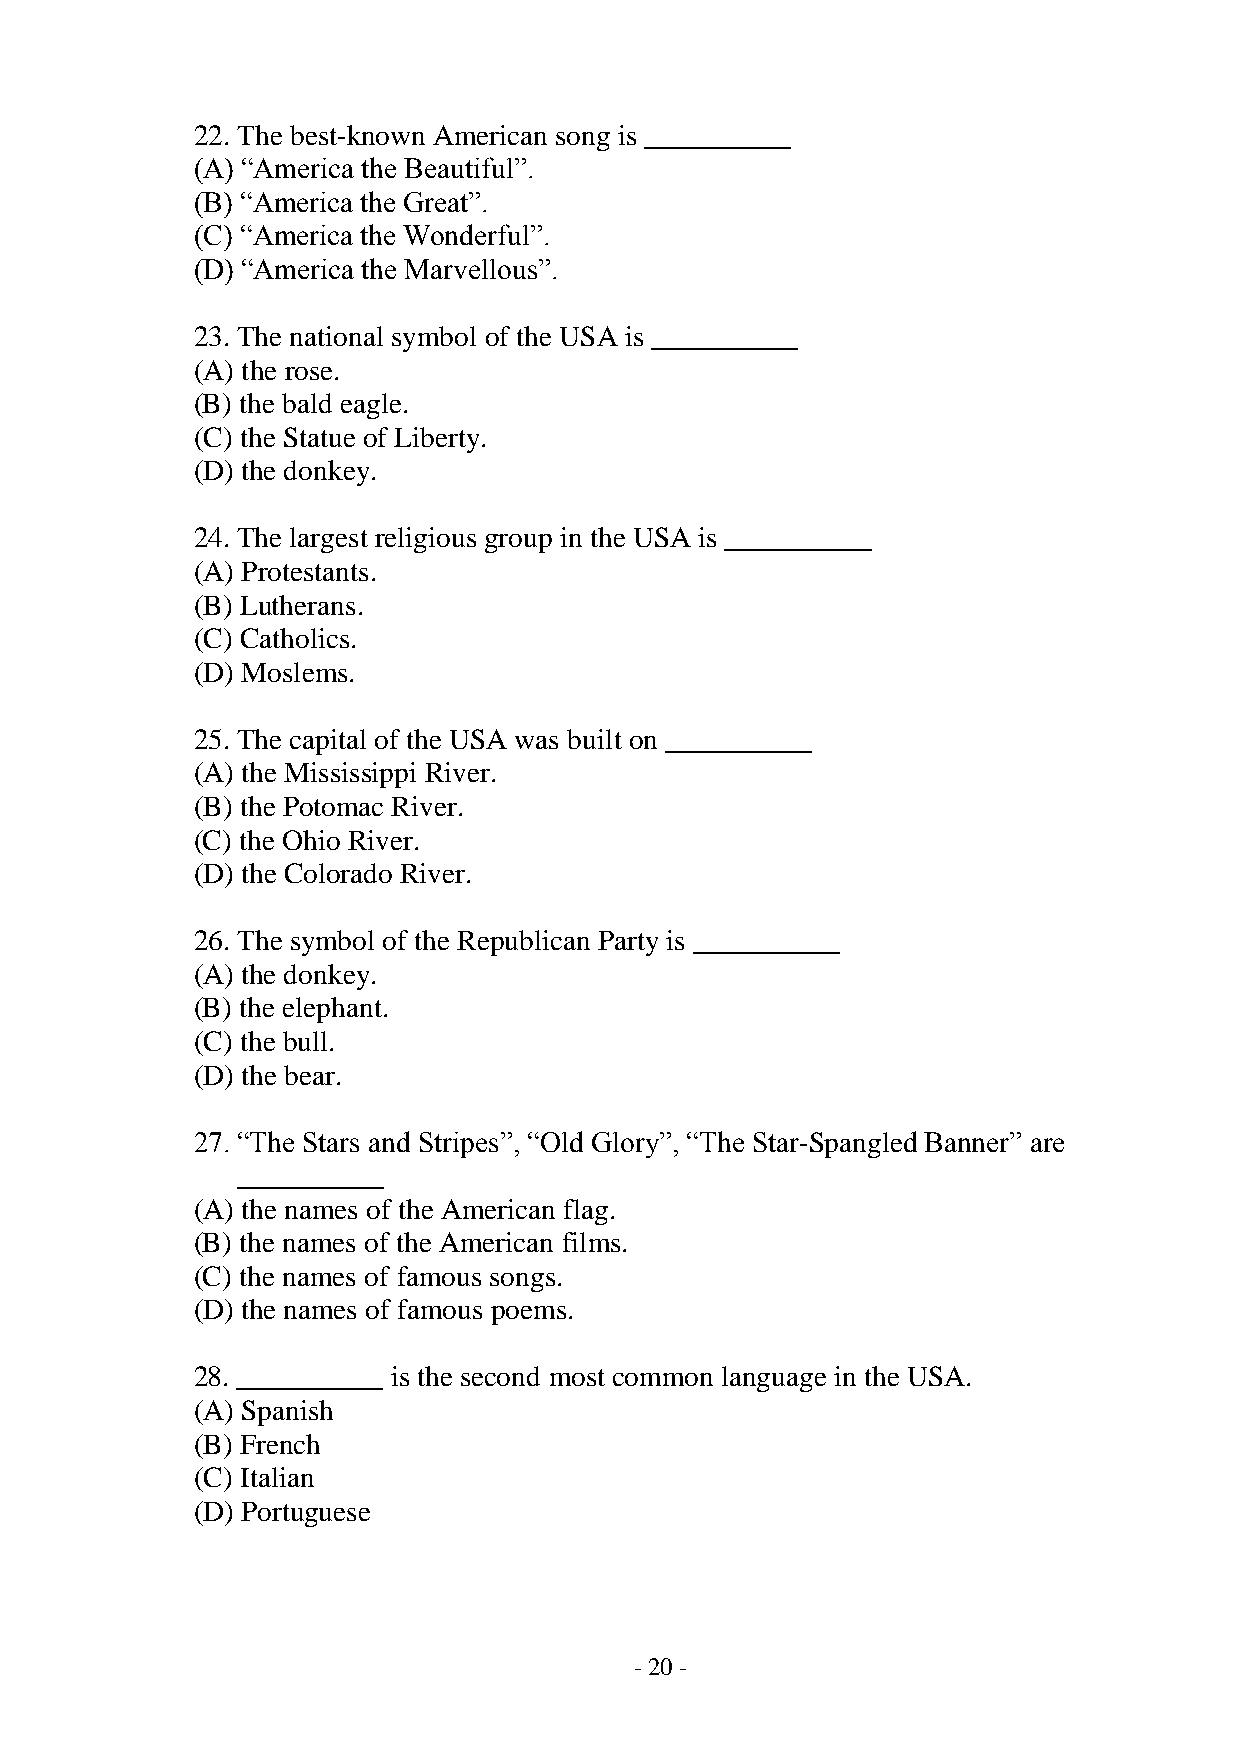
22. The best-known American song is __________
 (A) “America the Beautiful”.
 (B) “America the Great”.
 (C) “America the Wonderful”.
 (D) “America the Marvellous”.
 23. The national symbol of the USA is __________
 (A) the rose.
 (B) the bald eagle.
 (C) the Statue of Liberty.
 (D) the donkey.
 24. The largest religious group in the USA is __________
 (A) Protestants.
 (B) Lutherans.
 (C) Catholics.
 (D) Moslems.
 25. The capital of the USA was built on __________
 (A) the Mississippi River.
 (B) the Potomac River.
 (C) the Ohio River.
 (D) the Colorado River.
 26. The symbol of the Republican Party is __________
 (A) the donkey.
 (B) the elephant.
 (C) the bull.
 (D) the bear.
 27. “The Stars and Stripes”, “Old Glory”, “The Star-Spangled Banner” are
 __________
 (A) the names of the American flag.
 (B) the names of the American films.
 (C) the names of famous songs.
 (D) the names of famous poems.
 28. __________ is the second most common language in the USA.
 (A) Spanish
 (B) French
 (C) Italian
 (D) Portuguese
 - 20 -